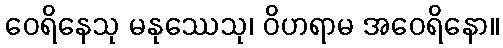
ဝေရိနေသု မနုဿေသု၊ ဝိဟရာမ အဝေရိနော။